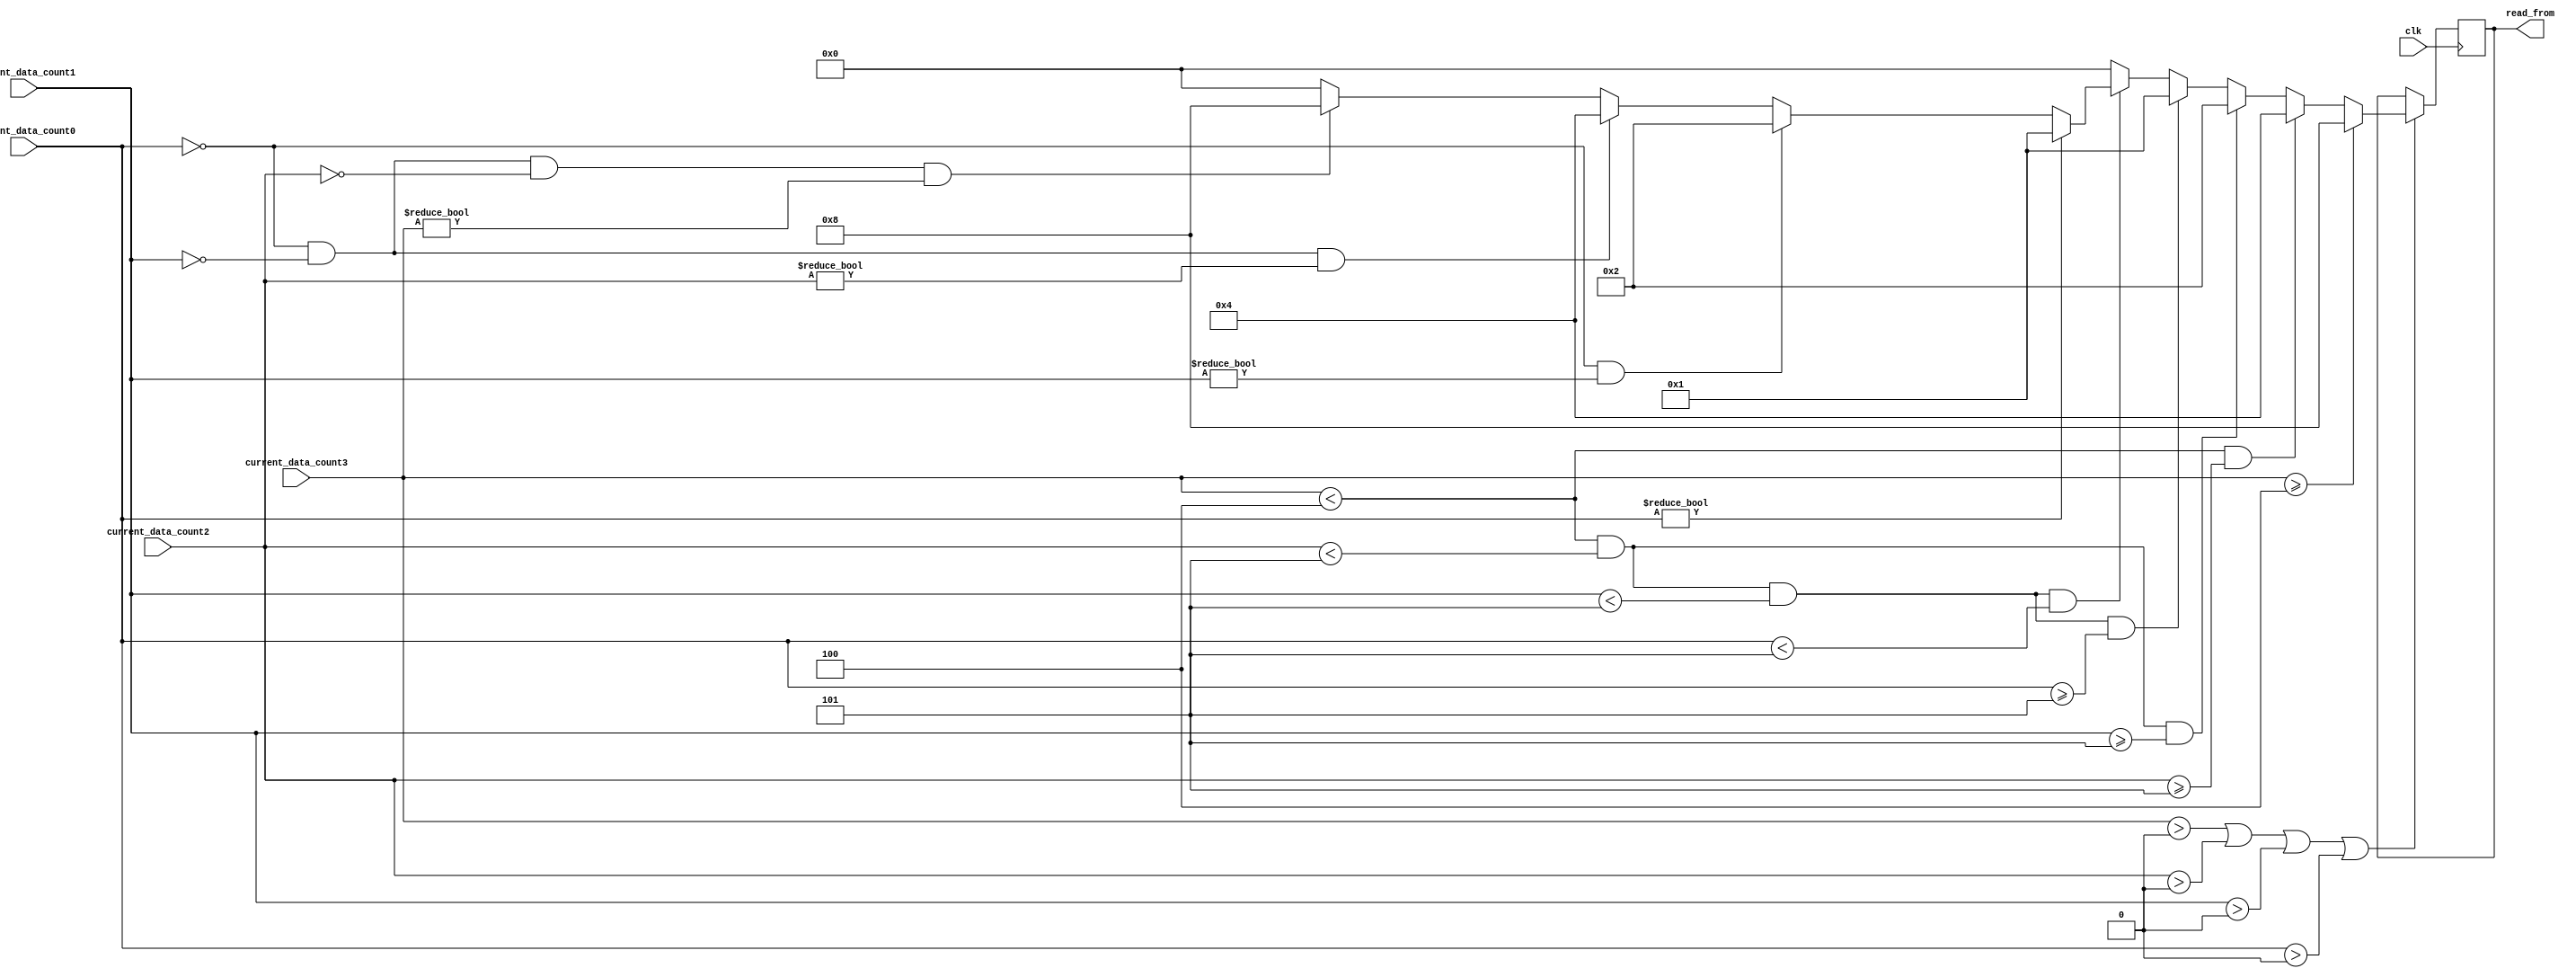
module quality_of_service(clk, current_data_count0, current_data_count1, current_data_count2, current_data_count3, 
read_from);

input clk;
input [2:0] current_data_count0;
input [2:0] current_data_count1;
input [2:0] current_data_count2;
input [2:0] current_data_count3;

output reg [3:0] read_from;

initial begin

	read_from<=4'b0000;

end

always@(posedge clk) begin
if(current_data_count3>3'b000 || current_data_count2>3'b000 || current_data_count1>3'b000 || current_data_count0>3'b000) begin
		read_from<=4'b0000;
	
	if(current_data_count3>=3'b100) begin
			read_from <= 4'b1000; // enable read from buff 4
			end
		
	else if(current_data_count3<3'b100 && current_data_count2>=3'b101)begin
			read_from <= 4'b0100; // enable read from buff 3
			end
			
	else if(current_data_count3<3'b100 && current_data_count2<3'b101 && current_data_count1>=3'b101) begin
			read_from <= 4'b0010; // enable read from buff 2
			end
			
	else if(current_data_count3<3'b100 && current_data_count2<3'b101 && current_data_count1<3'b101 && current_data_count0>=3'b101) begin
			read_from <= 4'b0001; // enable read from buff 1
			end
	
	else if(current_data_count3<3'b100 && current_data_count2<3'b101 && current_data_count1<3'b101 && current_data_count0<3'b101)
		begin
		
			if(current_data_count0 != 3'b000) begin
				read_from <= 4'b0001; // enable read from buff 1
				end
				
			else if(current_data_count0==3'b000 && current_data_count1!=3'b000) begin
				read_from <= 4'b0010; // enable read from buff 2
				end
				
			else if(current_data_count0==3'b000 && current_data_count1 == 3'b000 && current_data_count2!=3'b000) begin
					read_from <= 4'b0100; // enable read from buff 3
					end
				
			else if(current_data_count0==3'b000 && current_data_count1 == 3'b000 && current_data_count2==3'b000 && current_data_count3!=3'b000) begin
						read_from <= 4'b1000; // enable read from buff 4
					end

			else read_from <= 4'b0000; // no enable reading from any of the buffers
		end
end
else; //There is no data to read
end
endmodule